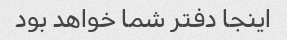
اینجا دفتر شما خواهد بود